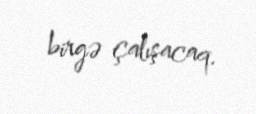
birgə çalışacaq.